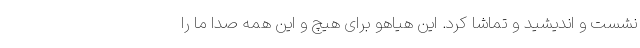
نشست و اندیشید و تماشا کرد. این هیاهو برای هیچ و این همه صدا ما را